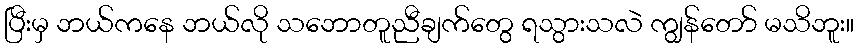
ပြီးမှ ဘယ်ကနေ ဘယ်လို သဘောတူညီချက်တွေ ရသွားသလဲ ကျွန်တော် မသိဘူး။